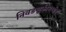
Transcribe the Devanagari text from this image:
निवडणुकीमध्येच